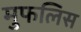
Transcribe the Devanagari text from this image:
मुफलिस